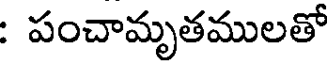
: పంచామృతములతో